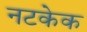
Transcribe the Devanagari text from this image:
नटकेक